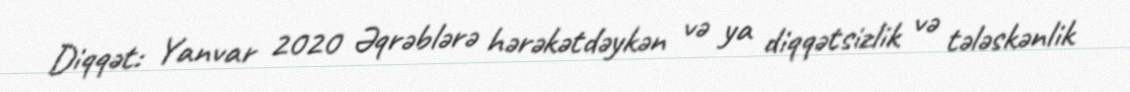
Diqqət: Yanvar 2020 Əqrəblərə hərəkətdəykən və ya diqqətsizlik və tələskənlik